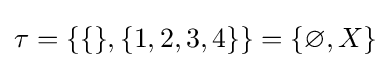
\tau =\{\{\},\{1,2,3,4\}\}=\{\varnothing ,X\}